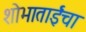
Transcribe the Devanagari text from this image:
शोभाताईंचा